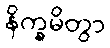
နိက္ခမိတွာ